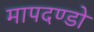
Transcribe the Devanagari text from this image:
मापदण्डो